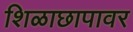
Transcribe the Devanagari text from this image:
शिळाछापावर